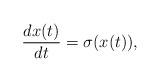
LaTeX: \begin{align*}\frac{dx(t)}{dt}=\sigma(x(t)),\end{align*}